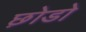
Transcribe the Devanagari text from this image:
छ़ोडो